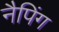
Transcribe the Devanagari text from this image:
नैपिंग